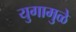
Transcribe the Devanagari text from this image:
युगामुळे